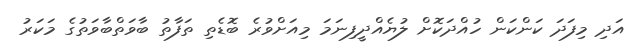
އަދި މިފަދަ ކަންކަން ހުއްދަކޮށް ލުޔެއްދީފިނަމަ މިއަށްވުރެ ބޮޑެތި ތަފާތު ބާވަތްބާވަތުގެ މަކަރު